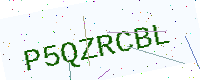
Text: P5QZRCBL